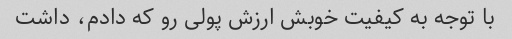
با توجه به کیفیت خوبش ارزش پولی رو که دادم، داشت